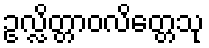
ဥလ္လိတ္တာဝလိတ္တေသု